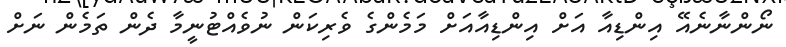
ނޯންނާނެއޭ އިންޑިއާ އަށް އިންޑިއާއަށް މަމެންގެ ވެރިކަން ނުވެއްޓުނީމާ ދެން ތަމެން ނަށް